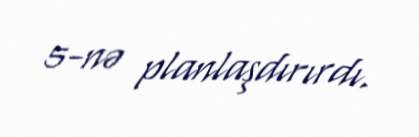
5-nə planlaşdırırdı.